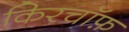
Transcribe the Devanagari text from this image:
किरचॉफ़